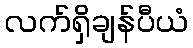
လက်ရှိချန်ပီယံ